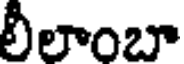
లీలాంబా